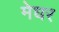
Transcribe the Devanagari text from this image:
मेघर